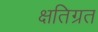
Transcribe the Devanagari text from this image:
क्षतिग्रत